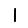
Digit: 1